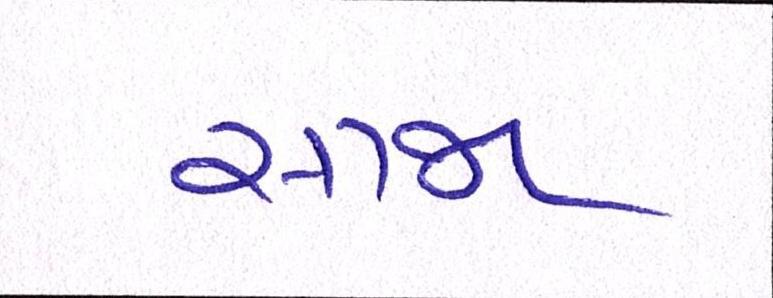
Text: સાજા